Scottish Leaving Certificate Examination, 1960
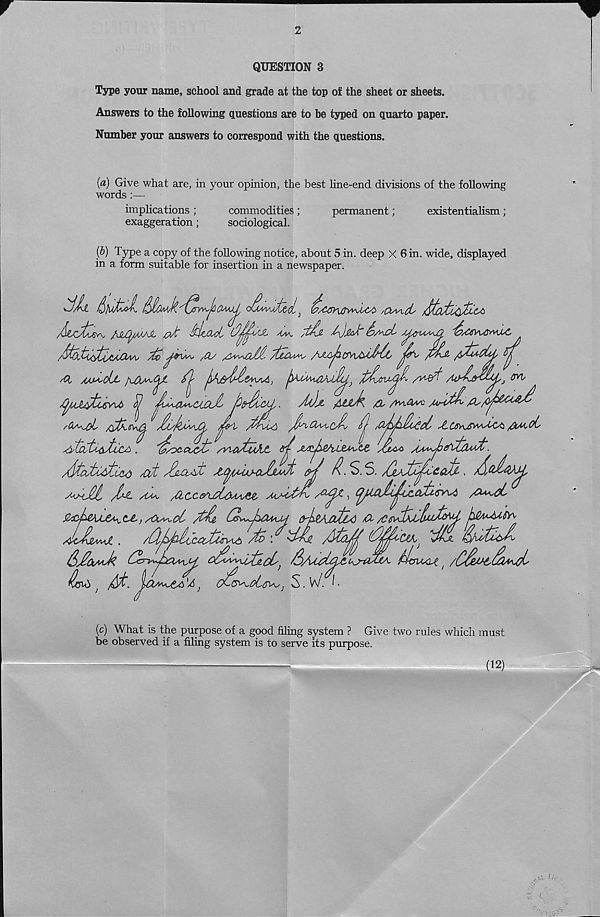
2
QUESTION 3
Type your name, school and grade at the top of the sheet or sheets.
Answers to the following questions are to be typed on quarto paper.
Number your answers to correspond with the questions.
(a) Give what are, in your opinion, the best line-end divisions of the following
words :—
implications ;
commodities ;
permanent;
existentialism ;
exaggeration;
sociological.
(b) Type a copy of the following notice, about 5 in. deep X 6 in. wide, displayed
in a form suitable for insertion in a newspaper.
/biotic
Aa^
A)jkJr &A&L AlerUA^jQ '^/CtfAsS
,/vw>V/L/M)vv
JyVV
\ysr-■
/^^tUAXXA^ /fa
/A/
/(juXiAA
phJ. / i > Z^C^U / tif'
^UMtusvA ^ jjL'A^CiaJl p'^C^y,
M)jL fillA fr /Hi4*v
prl /fthiA
/(j /Cpphecl
fi/yot
AztcCti^jACA .
'(j/0£Cl / &b /YL&tujLt ^ Ap4h-L&MstZ JjMA AA^peht/U^t
/Gx^-GV^ /^As/&aAs^,
Atcrfy&iicA.
/jta^AAytuX) stit JjxaAt
tip P S. 5.
AvaJIII
AAa, /ICC&^LctAAsGg, MMstPi
/Xm,cL
A+AiAUi, /A-<- /WA,
USIASAASZ*!, SVIS-taia ' v
< , -jy
#ypeAAje^t&,/Cla^cI /tp. CLJ^OmM <ypA&tLd /(X
pMMDfr
JcPzmaJL .
/fybhIiattijryA
^ssaas^, ,
Ops^Uste-cLj
(IvA j /&t.
}
cPe^-oL^) S.W. I.
(c) What is the purpose of a good filing system ? Give two rules which must
be observed if a filing system is to serve its purpose.
(12)